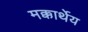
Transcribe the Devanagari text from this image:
मक्कार्थेय